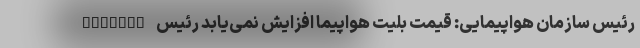
khiaban رئیس سازمان هواپیمایی: قیمت بلیت هواپیما افزایش نمی‌یابد رئیس